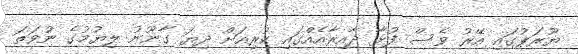
ޔޫރަޕުގައި އޭރު ވެސް ފުޅާ ދާއިރާއެއްގައި ކުރިއަށް ދިޔަ ގާނޫނު ލިޔުމުގެ ނުވަތަ